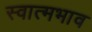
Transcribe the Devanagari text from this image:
स्वात्मभाव